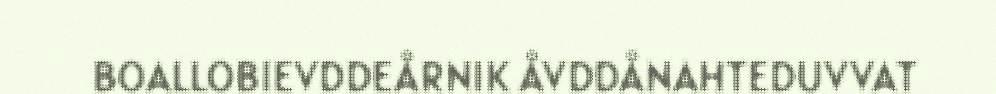
BOALLOBIEVDDEÅRNIK ÅVDDÅNAHTEDUVVAT